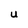
Character: U